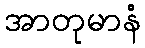
အာတုမာနံ